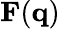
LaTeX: \mathbf{F}(\mathbf{q})